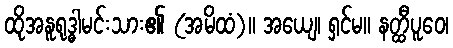
ထိုအနူရုဒ္ဓါမင်းသား၏ (အမိထံ)။ အယျေ၊ ရှင်မ။ နတ္ထီပူဝေ၊